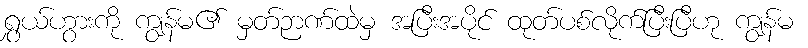
ရွှယ်ဟွားကို ကျွန်မ၏ မှတ်ဉာဏ်ထဲမှ အပြီးအပိုင် ထုတ်ပစ်လိုက်ပြီးပြီဟု ကျွန်မ